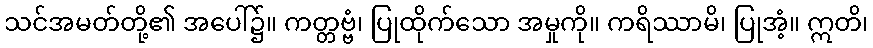
သင်အမတ်တို့၏ အပေါ်၌။ ကတ္တဗ္ဗံ၊ ပြုထိုက်သော အမှုကို။ ကရိဿာမိ၊ ပြုအံ့။ ဣတိ၊